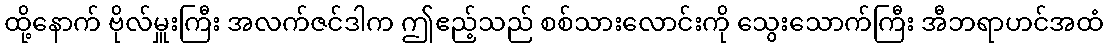
ထို့နောက် ဗိုလ်မှူးကြီး အလက်ဇင်ဒါက ဤဧည့်သည် စစ်သားလောင်းကို သွေးသောက်ကြီး အီဘရာဟင်အထံ